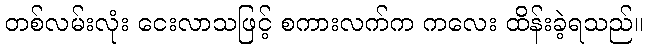
တစ်လမ်းလုံး ငေးလာသဖြင့် စကားလက်က ကလေး ထိန်းခဲ့ရသည်။